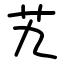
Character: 艽